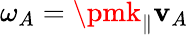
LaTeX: \omega_{A}=\pmk_{\parallel}\mathbf{v}_{A}